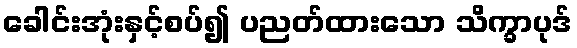
ခေါင်းအုံးနှင့်စပ်၍ ပညတ်ထားသော သိက္ခာပုဒ်